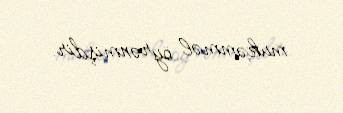
mükəmməl öyrənmişdir.